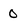
Character: 0